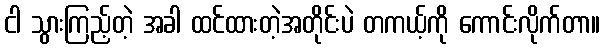
ငါ သွားကြည့်တဲ့ အခါ ထင်ထားတဲ့အတိုင်းပဲ တကယ့်ကို ကောင်းလိုက်တာ။